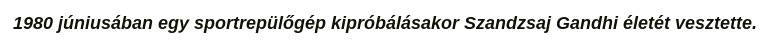
1980 júniusában egy sportrepülőgép kipróbálásakor Szandzsaj Gandhi életét vesztette.